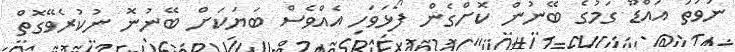
ނުވަތަ އައްޑޫ ގަމުގެ ބޭނުން ކޮށްގެން ފޯޅަވަހި އެއްވެސް ބަޔަކަށް ބޭނުނޮ ނުކުރެވޭގޮތް